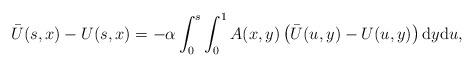
LaTeX: \begin{align*} \Bar{U}(s,x)-U(s,x)=-\alpha\int_0^s \int_0^1 A(x,y)\left( \Bar{U}(u,y)-U(u,y) \right)\mathrm{d}y \mathrm{d}u, \end{align*}